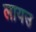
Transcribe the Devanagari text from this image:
लायउ